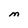
Character: M